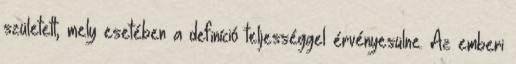
született, mely esetében a definíció teljességgel érvényesülne. Az emberi